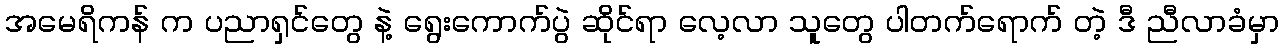
အမေရိကန် က ပညာရှင်တွေ နဲ့ ရွေးကောက်ပွဲ ဆိုင်ရာ လေ့လာ သူတွေ ပါတက်ရောက် တဲ့ ဒီ ညီလာခံမှာ